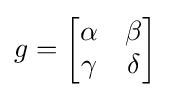
g={\begin{bmatrix}\alpha &\beta \\\gamma &\delta \end{bmatrix}}